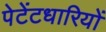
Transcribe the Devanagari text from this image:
पेटेंटधारियों